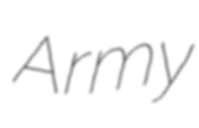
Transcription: Army